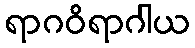
ရာဂဝိရာဂါယ